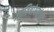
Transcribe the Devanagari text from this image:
ज्ञातिबांधवांची